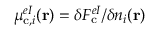
\mu _ { \mathrm { c } , i } ^ { e I } ( \mathbf { r } ) = \delta F _ { \mathrm { c } } ^ { e I } / \delta n _ { i } ( \mathbf { r } )